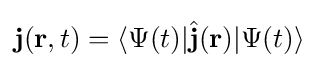
\mathbf {j} (\mathbf {r} ,t)=\langle \Psi (t)|{\hat {\mathbf {j} }}(\mathbf {r} )|\Psi (t)\rangle